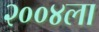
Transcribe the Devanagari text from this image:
२००४ला